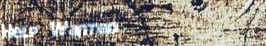
Help Wanted